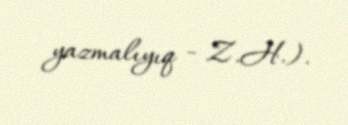
yazmalıyıq - Z.H.).